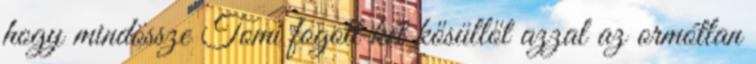
hogy mindössze Tomi fogott két kősüllőt azzal az ormótlan